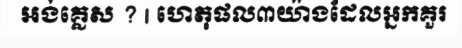
អង់គ្លេស ? | ហេតុផល៣យ៉ាងដែលអ្នកគួរ